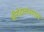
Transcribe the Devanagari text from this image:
धीरोदात्तपणाने